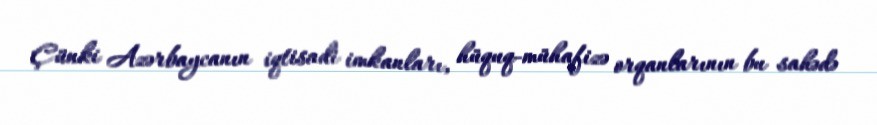
Çünki Azərbaycanın iqtisadi imkanları, hüquq-mühafizə orqanlarının bu sahədə